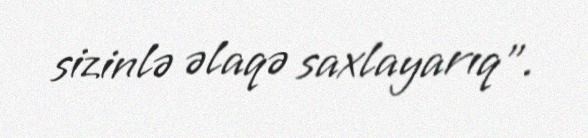
sizinlə əlaqə saxlayarıq”.